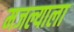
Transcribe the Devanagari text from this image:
मजल्याला